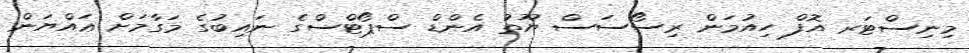
މިނިސްޓަރ އޮފް ހިއުމަން ރިސޯސަސް ޔޫތު އެންޑް ސްޕޯޓްސްގެ ނައިބުގެ މަގާމަށް ޢައްޔަން